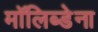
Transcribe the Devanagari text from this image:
मॉलिब्डेना